Report on vaccination in Madras 1922-1929 - 1922-1929
Year: 1922
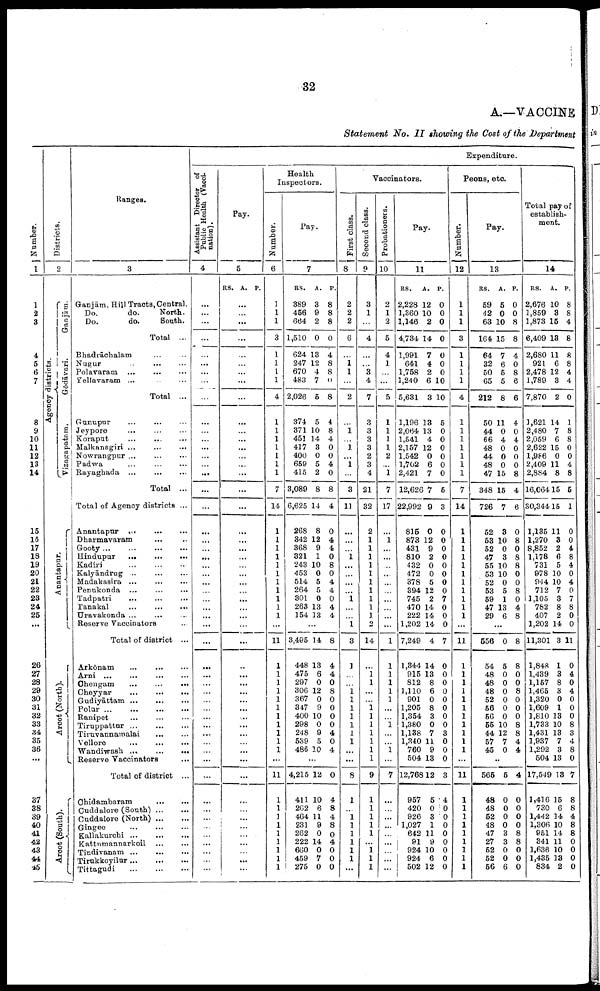
32
A.—VACCINE
Statement No. II showing the Cost of the Department
Number.
1
1
2
3
4
5
6
7
8
9
10
11
12
13
14
15
16
17
18
19
20
21
22
23
24
25
...
26
27
28
29
30
31
32
33
34
35
36
...
37
38
39
40
41
42
43
44
45
Districts.
2
Agency districts.
Ganjām.
Gōdāvari.
Vizagapatam.
Anantapur.
Arcot (North).
Arcot (South).
Ranges.
3
Ganjām, Hill Tracts, Central.
Do.
do.
North.
Do.
do.
South.
Total ...
Bhadrāchalam
... ...
Nugur
...
...
...
Polavaram
...
...
...
Yellavaram ... ... ...
Total ...
Gunupur ... ... ...
Jeypore ... ... ...
Koraput
...
...
...
Malkanagiri ...
...
...
Nowrangpur ... ... ...
Padwa
...
...
...
Rayaghada ...
...
...
Total ...
Total of Agency districts ...
Anantapur
...
...
...
Dharmavaram ... ...
Gooty
...
...
...
...
Hindupur
...
...
...
Kadiri ... ... ...
Kalyāndrug ...
...
...
Madakasira ... ... ...
Penukonda ...
...
...
Tadpatri
... ... ...
Tanakal
...
...
...
Uravakonda ... ... ...
Reserve Vaccinators ...
Total of district ...
Arkonam
...
...
...
Arni
...
...
...
...
Chengam
...
...
...
Cheyyar
...
...
...
Gudiyāttam
...
...
...
Polur
...
...
...
...
Ranipet ... ... ...
Tiruppattur ...
...
...
Tiruvannamalai
...
...
Vellore
...
...
...
Wandiwash
...
...
...
Reserve Vaccinators ...
Total of district ...
Chidambaram
...
...
Cuddalore (South) ... ...
Cuddalore (North) ... ...
Gingee
...
...
...
Kallakurchi ...
...
...
Kattumannarkoil
...
...
Tindivanam
...
...
...
Tirukkoyilur
...
...
...
Tittagudi
...
...
...
Expenditure.
Assistant Director of
Public Health (Vacci
nation).
4
...
...
...
...
...
...
...
...
...
...
...
...
...
...
...
...
...
...
...
...
...
...
...
...
...
...
...
...
...
...
...
...
...
...
...
...
...
...
...
...
...
...
...
...
...
...
...
...
...
...
...
...
...
Pay.
5
RS. A. P.
...
...
...
...
...
...
...
...
...
...
...
...
...
...
...
...
...
...
...
...
...
...
...
...
...
...
...
...
...
...
...
...
...
...
...
...
...
...
...
...
...
...
...
...
...
...
...
...
...
...
...
...
...
Health
Inspectors.
Number.
6
1
1
1
3
1
1
1
1
4
1
1
1
1
1
1
1
7
14
1
1
1
1
1
1
1
1
1
1
1
...
11
1
1
1
1
1
1
1
1
1
1
1
...
11
1
1
1
1
1
1
1
1
1
Pay.
7
RS.
389
456
664
1,510
624
247
670
483
2,026
374
371
451
417
400
659
415
3,089
6,625
268
342
368
321
243
453
514
264
301
263
154
A.
3
9
2
0
13
12
4
7
5
5
10
14
3
0
5
2
8
14
8
12
9
1
10
0
5
5
0
13
13
P.
8
8
8
0
4
8
8
0
8
4
8
4
0
0
4
0
8
4
0
4
4
0
8
0
4
4
0
4
4
...
3,495
448
475
297
306
367
347
400
298
248
539
486
14
13
6
0
12
0
9
10
0
9
5
10
8
4
4
0
8
0
0
0
0
4
0
4
...
4,215
411
262
464
231
262
222
660
459
275
12
10
6
11
9
0
14
0
7
0
0
4
8
4
8
0
4
0
0
0
Vaccinators.
First class.
8
2
2
2
6
...
1 1
...
2
...
1
...
1
...
1
...
8
11
...
...
...
1
...
...
...
...
1
...
...
1
3
1
...
...
1 1
1
1
1
1
1
...
...
8
1
...
1
1
1
1
1
1
...
Second class.
9
3
1
...
4
...
...
3
4
7
3
3
3
3
2
3
4
21
32
2
1
1
1
1
1
1
1
1
1
1
2
14
...
1 1
...
...
1
1
1
1
1
1
1
9
1
1
1
1
1
...
1
1
1
Probationers.
10
2
1
2
5
4
1
...
...
5
1
1
1
1
2
...
1
7
17
...
1
...
...
...
...
...
...
...
...
...
...
1
1
1
1
1
1
...
...
1
...
...
1
...
7
...
...
...
...
...
...
...
...
...
Pay.
11
RS.
2,228
1,360
1,146
4,734
1,991
641
1,758
1,240
5,631
1,196
2,064
1,541
2,157
1,542
1,702
2,421
12,626
22,992
815
873
431
810
432
472
378
394
745
470
222
1,202
7,249
1,344
915
812
1,110
901
1,205
1,354
1,380
1,138
1,340
760
504
12,768
957
420
926
1,027
642
91
924
924
502
A.
12
10
2
14
7
4
2
6
3
13
13
4
12
0
6
7
7
9
0
12
9
2
0
0
5
12
2
14
14
14
4
14
13
8
6
0
8
3
0
7
11
9
13
12
5
0
3
1
11
9
10
6
12
P.
0
0
0
0
0
0
0
10
10
5
0
0
0
0
0
0
5
3
0
0
0
0
0
0
0
0
7
0
0
0
7
0
0
0
0
0
0
0
0
3
0
0
0
3
4
0
0
0
0
0
0
0
0
Peons, etc.
Number.
12
1
1
1
3
1
1
1
1
4
1
1
1
1
1
1
1
7
14
1
1
1
1
1
1
1
1
1
1
1
...
11
1
1
1
1
1
1
1
1
1
1
1
...
11
1
1
1
1
1
1
1
1
1
Pay.
13
RS.
59
42
63
164
64
32
50
65
212
50
44
66
48
44
48
47
348
726
52
53
52
47
55
53
52
53
59
47
29
A.
5
0
10
15
7
6
5
5
8
11
0
4
0
0
0
15
15
7
3
10
0
8
10
10
0
5
1
13
6
P.
0
0
8
8
4
0
8
6
6
4
0
4
0
0
0
8
4
6
0
8
0
8
8
0
0
8
0
4
8
...
556
54
48
48
48
52
56
56
55
44
57
45
0
5
0
0
0
0
0
0
10
12
7
0
8
8
0
0
8
0
0
0
8
8
4
4
...
565
48
48
52
48
47
27
52
52
56
5
0
0
0
0
3
3
0
0
6
4
0
0
0
0
8
8
0
0
0
Total pay of
establish
ment.
14
RS.
2,676
1,859
1,873
6,409
2,680
921
2,478
1,789
7,870
1,621
2,480
2,059
2,622
1,986
2,409
2,884
16,064
30,344
1,135
1,270
8,852
1,178
731
978
944
712
1,105
782
407
1,202
11,301
1,848
1,439
1,157
1,465
1,320
1,609
1,810
1,733
1,431
1,937
1,292
504
17,549
1,416
730
1,442
1,306
951
341
1,636
1,435
834
A.
10
3
15
13
11
6
12
3
2
14
7
6
15
0
11
8
15
15
11
3
2
6
5
10
10
7
3
8
2
14
3
1
3
8
3
0
1
13
10
13
7
3
13
13
15
6
14
10
14
11
10
13
2
P.
8
8
4
8
8
8
4
4
0
1
8
8
0
0
4
8
5
1
0
0
4
8
4
0
4
0
7
8
0
0
11
0
4
0
4
0
0
0
8
3
4
8
0
7
8
8
4
8
8
0
0
0
0